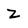
Character: Z